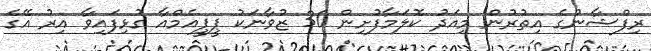
ރިފްޝާނުގެ އިތުރުން މިއަދު ކޮލަމާފުށިން 30 ޒުވާނަކު ޕީޕީއެމްއާ ގުޅިފައިވާ އިރު އޭގެ